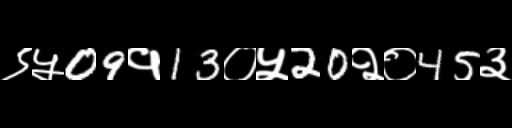
Text: ९५09१13०५20२०45३